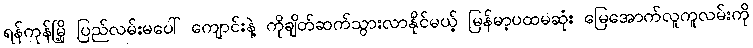
ရန်ကုန်မြို့ ပြည်လမ်းမပေါ် ကျောင်းနဲ့ ကိုချိတ်ဆက်သွားလာနိုင်မယ့် မြန်မာ့ပထမဆုံး မြေအောက်လူကူလမ်းကို